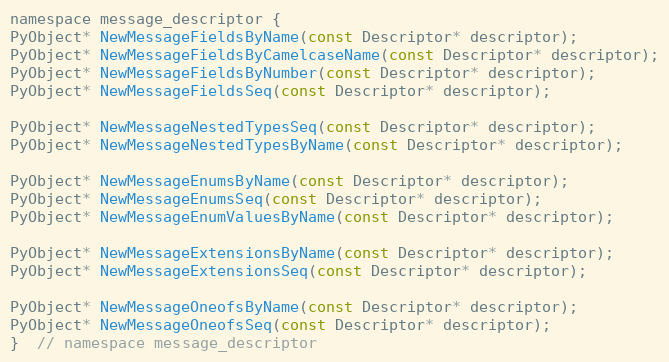
Language: C
namespace message_descriptor {
PyObject* NewMessageFieldsByName(const Descriptor* descriptor);
PyObject* NewMessageFieldsByCamelcaseName(const Descriptor* descriptor);
PyObject* NewMessageFieldsByNumber(const Descriptor* descriptor);
PyObject* NewMessageFieldsSeq(const Descriptor* descriptor);

PyObject* NewMessageNestedTypesSeq(const Descriptor* descriptor);
PyObject* NewMessageNestedTypesByName(const Descriptor* descriptor);

PyObject* NewMessageEnumsByName(const Descriptor* descriptor);
PyObject* NewMessageEnumsSeq(const Descriptor* descriptor);
PyObject* NewMessageEnumValuesByName(const Descriptor* descriptor);

PyObject* NewMessageExtensionsByName(const Descriptor* descriptor);
PyObject* NewMessageExtensionsSeq(const Descriptor* descriptor);

PyObject* NewMessageOneofsByName(const Descriptor* descriptor);
PyObject* NewMessageOneofsSeq(const Descriptor* descriptor);
}  // namespace message_descriptor